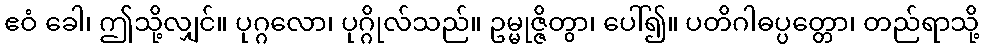
ဧဝံ ခေါ၊ ဤသို့လျှင်။ ပုဂ္ဂလော၊ ပုဂ္ဂိုလ်သည်။ ဥမ္မုဇ္ဇိတွာ၊ ပေါ်၍။ ပတိဂါဓပ္ပတ္တော၊ တည်ရာသို့